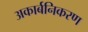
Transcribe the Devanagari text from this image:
अकार्बनिकरण